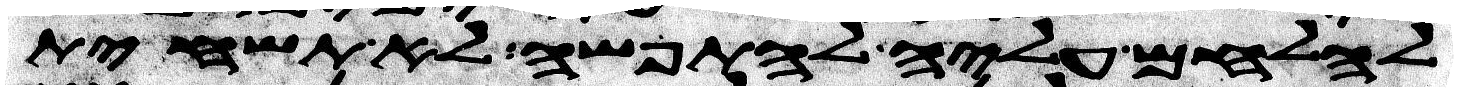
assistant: להלחם עליה לתפשה לא תשחית